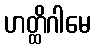
ဟတ္ထိဂါမေ